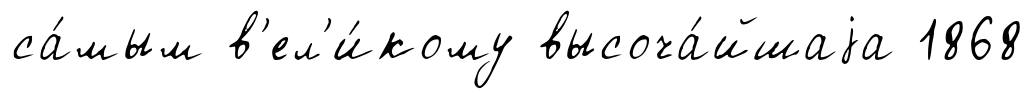
са́мым в'ел'и́кому высоча́йшаjа 1868